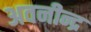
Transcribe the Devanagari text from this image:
अवनीन्द्र